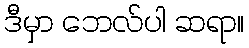
ဒီမှာ ဘေလ်ပါ ဆရာ။